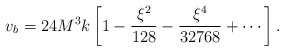
\begin{align*}v_b = 24 M^3 k \left[ 1 - \frac{\xi^2}{128} - \frac{\xi^4}{32768} + \cdots \right].\end{align*}